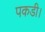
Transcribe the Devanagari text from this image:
पकडी।